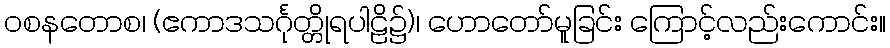
ဝစနတောစ၊ (ဧကာဒသင်္ဂုတ္တိုရပါဠိ၌)၊ ဟောတော်မူခြင်း ကြောင့်လည်းကောင်း။